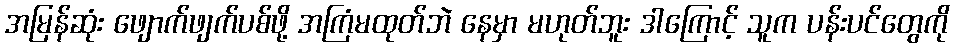
အမြန်ဆုံး ဖျောက်ဖျက်ပစ်ဖို့ အကြံမထုတ်ဘဲ နေမှာ မဟုတ်ဘူး ဒါကြောင့် သူက ပန်းပင်တွေကို